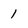
Character: 1